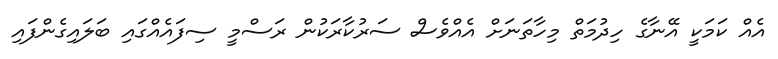
އެއް ކަމަކީ އޭނާގެ ހިދުމަތް މިހާތަނަށް އެއްވެސް ސަރުކާރަކުން ރަސްމީ ސިފައެއްގައި ބަލައިގެންފައި